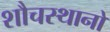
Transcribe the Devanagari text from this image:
शौचस्थानों